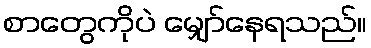
စာတွေကိုပဲ မျှော်နေရသည်။